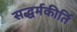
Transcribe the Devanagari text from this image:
सद्धर्मकीर्ति